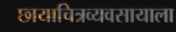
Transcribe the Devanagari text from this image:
छायाचित्रव्यवसायाला